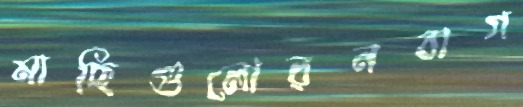
মাছিগুলোরনবাগ